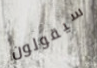
سيقولون